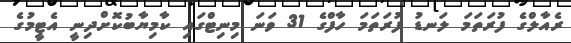
ރެއާލްގެ ފުރަތަމަ ލަނޑު ފުރަތަމަ ހާފްގެ 31 ވަނަ މިނިޓްގައި ކާމިޔާބުކޮށްދިނީ އެޓީމުގެ